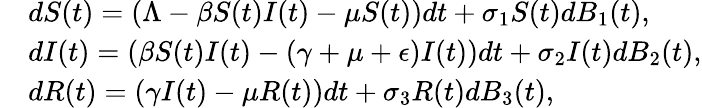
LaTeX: \begin{array}{rl}&{{dS(t)}=(\Lambda-\beta S(t)I(t)-\mu S(t))dt+\sigma_{1}S(t)dB_{1}(t),}\\ &{{dI(t)}=(\beta S(t)I(t)-(\gamma+\mu+\epsilon)I(t))dt+\sigma_{2}I(t)dB_{2}(t),}\\ &{{dR(t)}=(\gamma I(t)-\mu R(t))dt+\sigma_{3}R(t)dB_{3}(t),}\end{array}